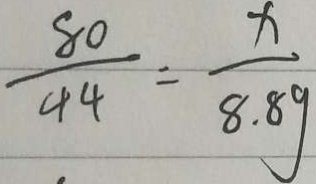
\frac { 8 0 } { 4 4 } - \frac { x } { 8 . 8 g }